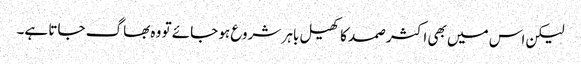
لیکن اس میں بھی اکثر صمد کا کھیل باہر شروع ہو جائے تو وہ بھاگ جاتا ہے۔